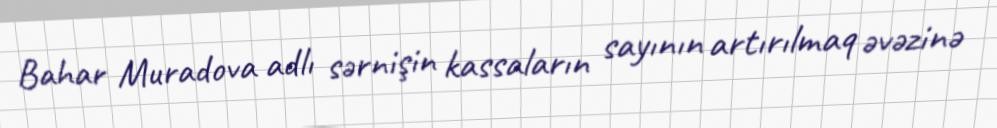
Bahar Muradova adlı sərnişin kassaların sayının artırılmaq əvəzinə